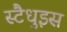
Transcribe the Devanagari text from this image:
स्टैधुइस